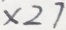
\times 2 7